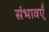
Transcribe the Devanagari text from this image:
संभावएँ